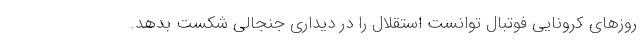
روزهای کرونایی فوتبال توانست استقلال را در دیداری جنجالی شکست بدهد.